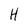
Character: H